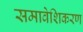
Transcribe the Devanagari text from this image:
समावेशिकरण